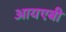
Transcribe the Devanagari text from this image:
आयएबी